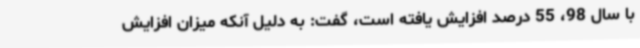
با سال 98، 55 درصد افزایش یافته است، گفت: به دلیل آنکه میزان افزایش